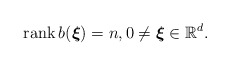
\begin{align*}\textrm{rank}\,b(\boldsymbol{\xi})=n, 0\neq \boldsymbol{\xi}\in\mathbb{R}^d.\end{align*}